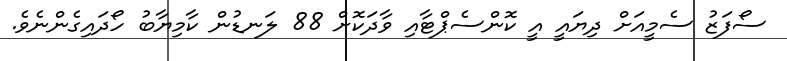
ސޯފަޒު ސެމީއަށް ދިޔައީ އީ ކޮންސެޕްޓާއި ވާދަކޮށް 88 ލަނޑުން ކާމިޔާބު ހޯދައިގެންނެވެ.